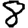
Digit: 8